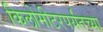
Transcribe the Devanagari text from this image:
किलोमीटरपर्यंतच्या